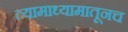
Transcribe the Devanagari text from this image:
त्यामाध्यामातूनच